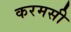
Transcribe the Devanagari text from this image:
करमसी